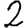
Digit: 2